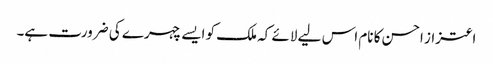
اعتزاز احسن کا نام اس لیے لائے کہ ملک کو ایسے چہرے کی ضرورت ہے۔